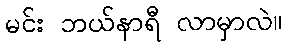
မင်း ဘယ်နာရီ လာမှာလဲ။